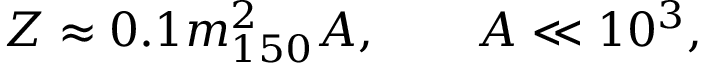
Z \approx 0 . 1 m _ { 1 5 0 } ^ { 2 } A , ~ ~ ~ ~ ~ ~ A \ll 1 0 ^ { 3 } ,